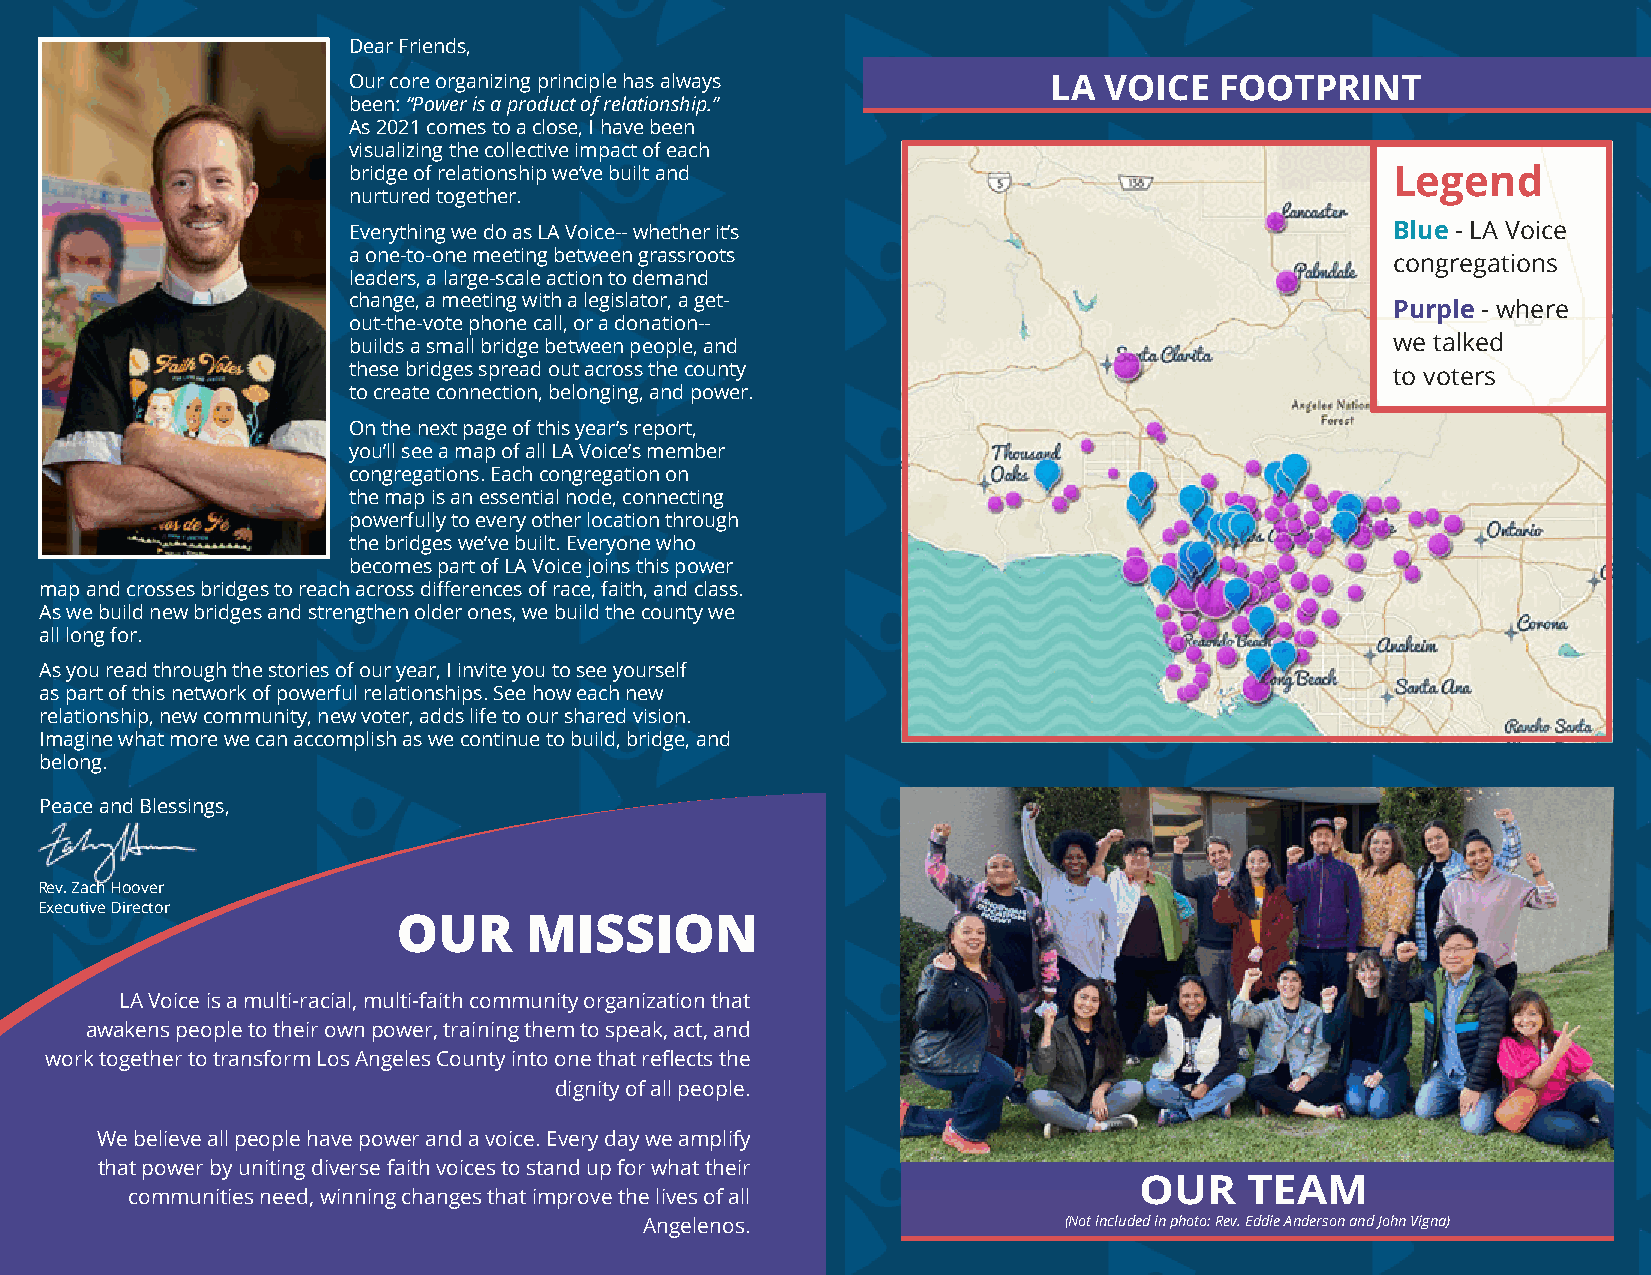
Dear Friends,
 Our core organizing principle has always       LA VOICE   FOOTPRINT
 been: “Power is a product of relationship.”
 As 2021 comes to a close, I have been
 visualizing the collective impact of each
 bridge of relationship we’ve built and                               Legend
 nurtured together.
 Everything we do as LA Voice-- whether it’s                          Blue - LA Voice
 a one-to-one meeting between grassroots
 congregations
 leaders, a large-scale action to demand
 change, a meeting with a legislator, a get-
 Purple - where
 out-the-vote phone call, or a donation--
 builds a small bridge between people, and                            we talked
 these bridges spread out across the county                           to voters
 to create connection, belonging, and power.
 On the next page of this year’s report,
 you’ll see a map of all LA Voice’s member
 congregations. Each congregation on
 the map is an essential node, connecting
 powerfully to every other location through
 the bridges we’ve built. Everyone who
 becomes part of LA Voice joins this power
 map and crosses bridges to reach across differences of race, faith, and class.
 As we build new bridges and strengthen older ones, we build the county we
 all long for.
 As you read through the stories of our year, I invite you to see yourself
 as part of this network of powerful relationships. See how each new
 relationship, new community, new voter, adds life to our shared vision.
 Imagine what more we can accomplish as we continue to build, bridge, and
 belong.
 Peace and Blessings,
 Rev. Zach Hoover
 Executive Director
 OUR      MISSION
 LA Voice is a multi-racial, multi-faith community organization that
 awakens people to their own power, training them to speak, act, and
 work together to transform Los Angeles County into one that reflects the
 dignity of all people.
 We believe all people have power and a voice. Every day we amplify
 that power by uniting diverse faith voices to stand up for what their
 OUR     TEAM
 communities need, winning changes that improve the lives of all
 Angelenos.                 (Not included in photo: Rev. Eddie Anderson and John Vigna)